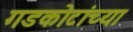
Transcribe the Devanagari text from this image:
गडकोटांच्या